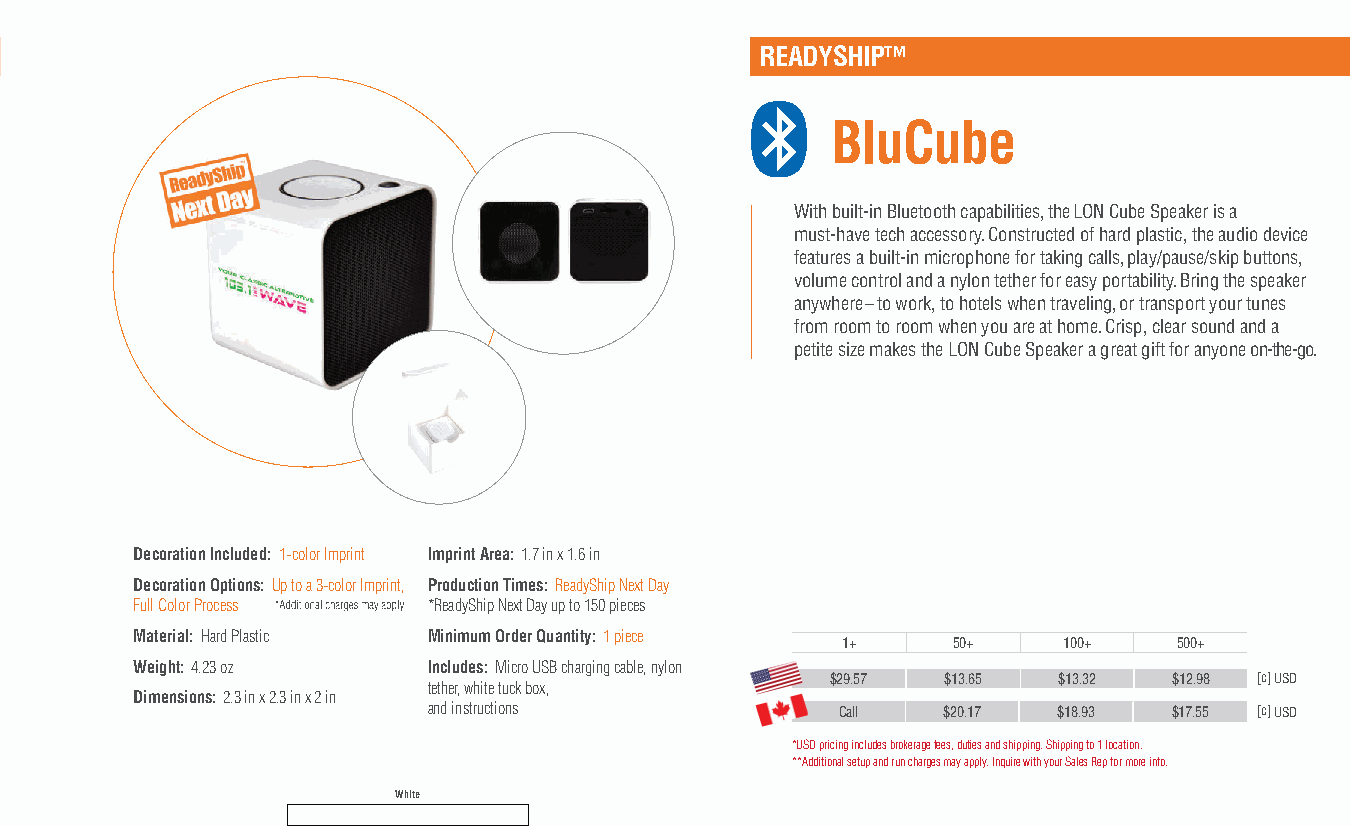
READYSHIP™
 BluCube
 With built-in Bluetooth capabilities, the LON Cube Speaker is a
 must-have tech accessory. Constructed of hard plastic, the audio device
 features a built-in microphone for taking calls, play/pause/skip buttons,
 volume control and a nylon tether for easy portability. Bring the speaker
 anywhere – to work, to hotels when traveling, or transport your tunes
 from room to room when you are at home. Crisp, clear sound and a
 petite size makes the LON Cube Speaker a great gift for anyone on-the-go.
 Decoration Included: 1-color Imprint Imprint Area: 1.7 in x 1.6 in
 Decoration Options: Up to a 3-color Imprint, Production Times: ReadyShip Next Day
 Full Color Process *ReadyShip Next Day up to 150 pieces
 Material: Hard Plastic Minimum Order Quantity: 1 piece
 1+     50+    100+    500+
 Weight: 4.23 oz    Includes: Micro USB charging cable, nylon
 $29.57  $13.65 $13.32  $12.98 [c] USD
 tether, white tuck box,
 Dimensions: 2.3 in x 2.3 in x 2 in
 and instructions            Call  $20.17  $18.93  $17.55 [c] USD
 *USD pricing includes brokerage fees, duties and shipping. Shipping to 1 location.
 **Additional setup and run charges may apply. Inquire with your Sales Rep for more info.
 White